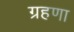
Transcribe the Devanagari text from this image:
ग्रहणा